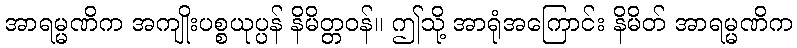
အာရမ္မဏိက အကျိုးပစ္စယုပ္ပန် နိမိတ္တဝန်။ ဤသို့ အာရုံအကြောင်း နိမိတ် အာရမ္မဏိက